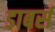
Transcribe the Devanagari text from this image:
डाबर्स